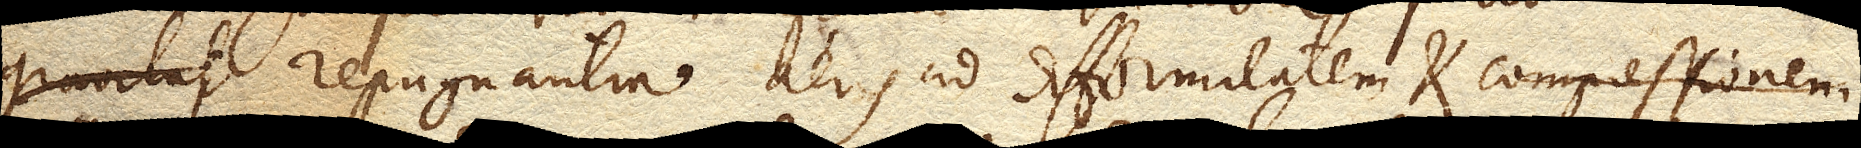
gravitas repugnantia aeris ad difformitatem et compressionem